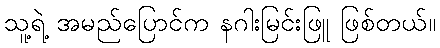
သူ့ရဲ့ အမည်ပြောင်က နဂါးမြင်းဖြူ ဖြစ်တယ်။